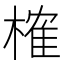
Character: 榷